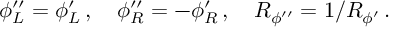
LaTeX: \phi _ { L } ^ { \prime \prime } = \phi _ { L } ^ { \prime } \, , \quad \phi _ { R } ^ { \prime \prime } = - \phi _ { R } ^ { \prime } \, , \quad R _ { \phi ^ { \prime \prime } } = 1 / R _ { \phi ^ { \prime } } \, .